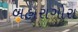
બહારાગોરા